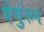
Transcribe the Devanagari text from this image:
पेर्गुरुन